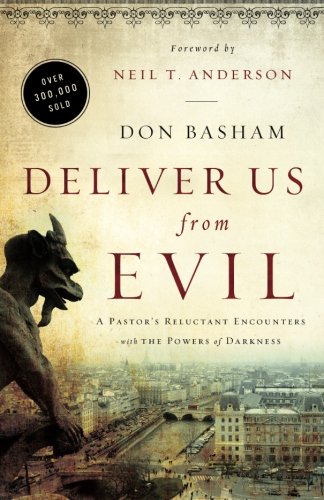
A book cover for Deliver Us from Evil: A Pastor's Reluctant Encounters with the Powers of Darkness; Don Basham; Christian Books & Bibles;